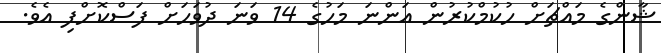
ޝާންގެ މައްޗަށް ހުކުމްކުރުން އަންނަ މަހުގެ 14 ވަނަ ދުވަހަށް ފަސްކޮށްފި އެވެ.